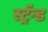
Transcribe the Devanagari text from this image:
स्ट्रॅन्ड